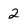
Character: 2